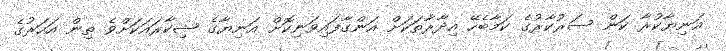
އަނިޔާކުރާ ކަން ސަރުކާރުގެ ކަމާބެހޭ އިދާރާތަކަށް އަންގާފައިވަނިކޮށް އަނިޔާގެ ޝިކާރައަކަށްވެ ތިން އަހަރުގެ